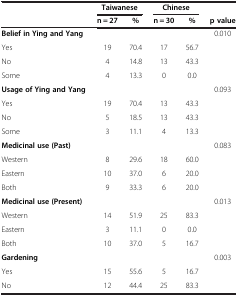
|  | <COLSPAN=2> Taiwanese | <COLSPAN=2> Chinese |  |
 |  | n = 27 | % | n = 30 | % | p value |
 | --- | --- | --- | --- | --- | --- |
 | Belief in Ying and Yang |  |  |  |  | 0.010 |
 | Yes | 19 | 70.4 | 17 | 56.7 |  |
 | No | 4 | 14.8 | 13 | 43.3 |  |
 | Some | 4 | 13.3 | 0 | 0.0 |  |
 | Usage of Ying and Yang |  |  |  |  | 0.093 |
 | Yes | 19 | 70.4 | 13 | 43.3 |  |
 | No | 5 | 18.5 | 13 | 43.3 |  |
 | Some | 3 | 11.1 | 4 | 13.3 |  |
 | Medicinal use (Past) |  |  |  |  | 0.083 |
 | Western | 8 | 29.6 | 18 | 60.0 |  |
 | Eastern | 10 | 37.0 | 6 | 20.0 |  |
 | Both | 9 | 33.3 | 6 | 20.0 |  |
 | Medicinal use (Present) |  |  |  |  | 0.013 |
 | Western | 14 | 51.9 | 25 | 83.3 |  |
 | Eastern | 3 | 11.1 | 0 | 0.0 |  |
 | Both | 10 | 37.0 | 5 | 16.7 |  |
 | Gardening |  |  |  |  | 0.003 |
 | Yes | 15 | 55.6 | 5 | 16.7 |  |
 | No | 12 | 44.4 | 25 | 83.3 |  |